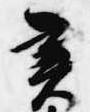
実